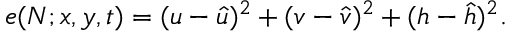
e ( N ; x , y , t ) = ( u - \hat { u } ) ^ { 2 } + ( v - \hat { v } ) ^ { 2 } + ( h - \hat { h } ) ^ { 2 } .